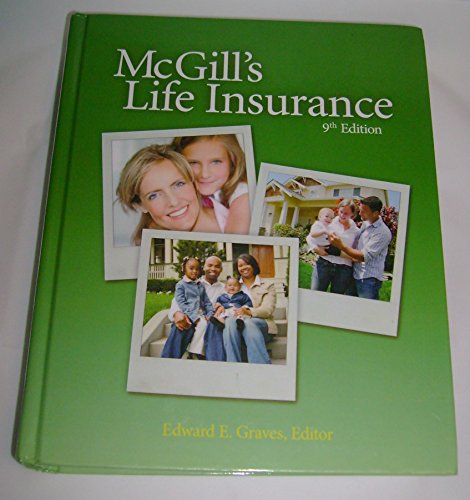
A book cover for McGills Life Insurance, Ninth Edition; Business & Money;